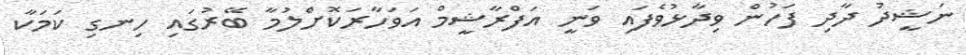
ނަޝީދު ދާދި ފަހުން ވިދާޅުވެފައި ވަނީ އަފްރާޝީމް އަވަހާރަކޮށްލުމާ ބޭރުގައި ހިނގި ކަމަކާ